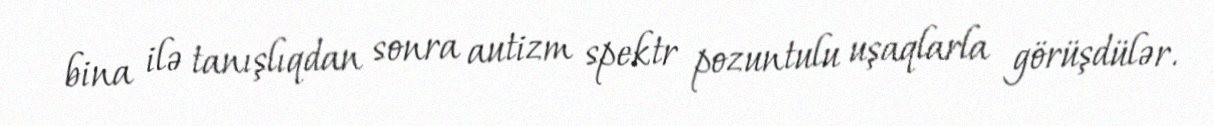
bina ilə tanışlıqdan sonra autizm spektr pozuntulu uşaqlarla görüşdülər.